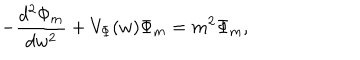
LaTeX: - \frac { d ^ { 2 } \Phi _ { m } } { d w ^ { 2 } } + V _ { \Phi } ( w ) \Phi _ { m } = m ^ { 2 } \Phi _ { m } ,